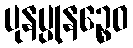
ပုနပ္ပုနဉ္စေဝ